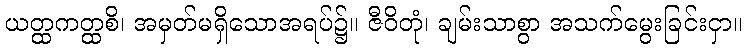
ယတ္ထကတ္ထစိ၊ အမှတ်မရှိသောအရပ်၌။ ဇီဝိတုံ၊ ချမ်းသာစွာ အသက်မွေးခြင်းငှာ။